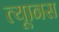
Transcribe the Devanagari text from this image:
त्यूानस